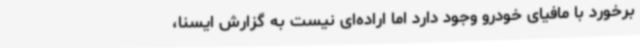
برخورد با مافیای خودرو وجود دارد اما اراده‌ای نیست به گزارش ایسنا،